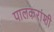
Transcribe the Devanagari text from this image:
पालकरांशी